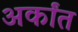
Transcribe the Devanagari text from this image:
अर्कांत